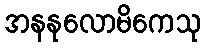
အနနုလောမိကေသု